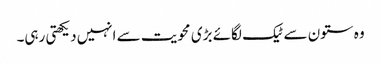
وہ ستون سے ٹیک لگائے بڑی محویت سے انہیں دیکھتی رہی۔